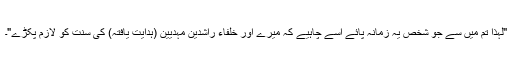
"لہذا تم میں سے جو شخص یہ زمانہ پائے اسے چاہیے کہ میرے اور خلفاء راشدین مہدیین (ہدایت یافتہ) کی سنت کو لازم پکڑے"۔